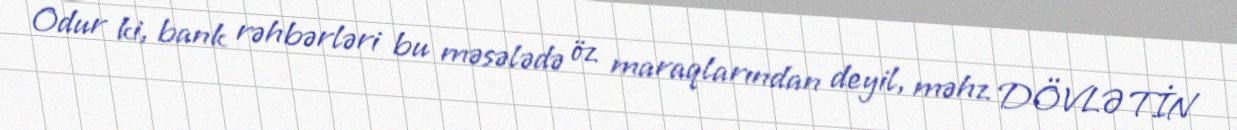
Odur ki, bank rəhbərləri bu məsələdə öz maraqlarından deyil, məhz DÖVLƏTİN